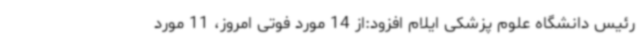
رئیس دانشگاه علوم پزشکی ایلام افزود:از 14 مورد فوتی امروز، 11 مورد